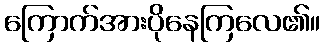
ကြောက်အားပိုနေကြလေ၏။